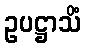
ဥပဋ္ဌာသိံ